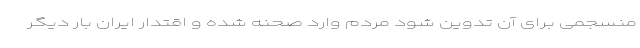
منسجمی برای آن تدوین شود مردم وارد صحنه شده و اقتدار ایران بار دیگر